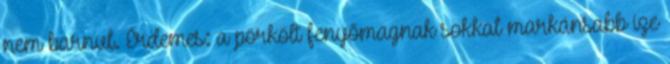
nem barnul. Érdemes: a pörkölt fenyőmagnak sokkal markánsabb íze